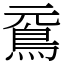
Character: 䲶